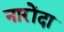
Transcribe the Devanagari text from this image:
नारोंदा